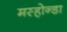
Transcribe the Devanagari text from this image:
मस्होन्डा